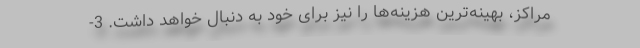
مراکز، بهینه‌ترین هزینه‌ها را نیز برای خود به دنبال خواهد داشت. 3-